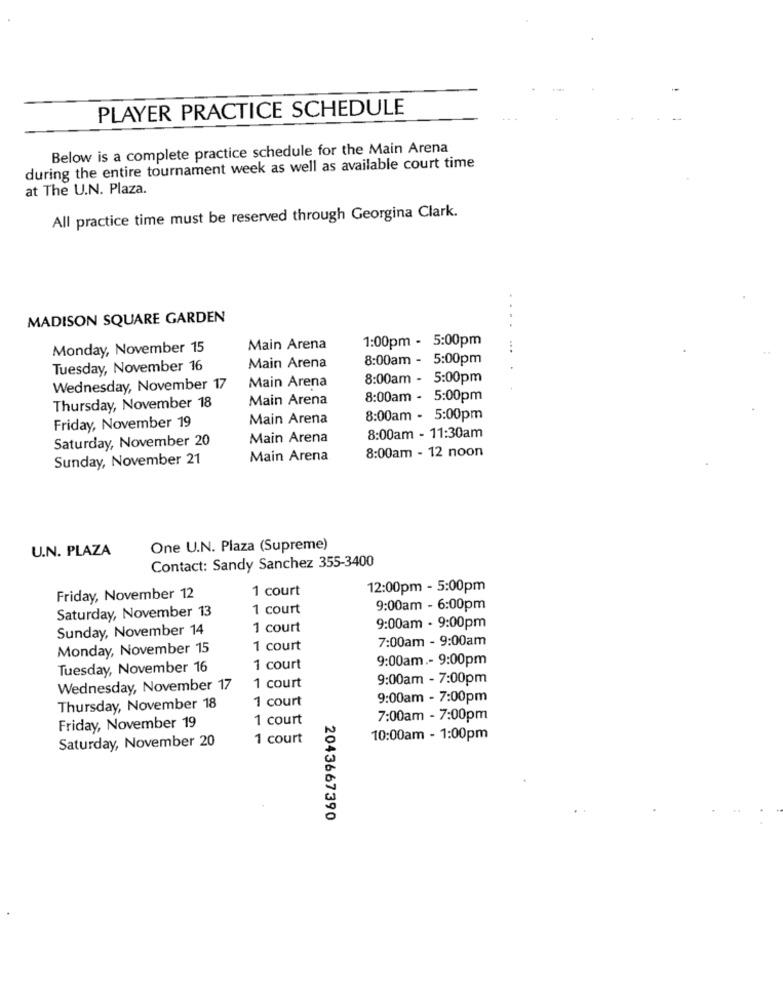
PLAYER PRACTICE SCHEDULE
Below is a complete practice schedule for the Main Arena
during the entire tournament week as well as available court time
at The U.N. Plaza.
All practice time must be reserved through Georgina Clark.
MADISON SQUARE GARDEN
. .
1:00pm - 5:00pm
Monday, November 15
Main Arena
8:00am - 5:00pm
Tuesday, November 16
Main Arena
8:00am - 5:00pm
Wednesday, November 17
Main Arena
Main Arena
8:00am - 5:00pm
Thursday, November 18
Main Arena
8:00am - 5:00pm
Friday, November 19
Saturday, November 20
Main Arena
8:00am - 11:30am
Sunday, November 21
Main Arena
8:00am - 12 noon
U.N. PLAZA
One U.N. Plaza (Supreme)
Contact: Sandy Sanchez 355-3400
1 court
12:00pm - 5:00pm
Friday, November 12
Saturday, November 13
1 court
9:00am - 6:00pm
Sunday, November 14
1 court
9:00am - 9:00pm
7:00am - 9:00am
Monday, November 15
1 court
9:00am .- 9:00pm
Tuesday, November 16
1 court
9:00am - 7:00pm
Wednesday, November 17
1 court
1 court
9:00am - 7:00pm
Thursday, November 18
1 court
7:00am - 7:00pm
Friday, November 19
1 court
10:00am - 1:00pm
Saturday, November 20
2043667390